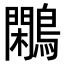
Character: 鷴